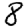
Digit: 8